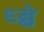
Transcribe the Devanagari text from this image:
ध्ब्बे